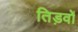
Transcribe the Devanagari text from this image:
तिड़वों